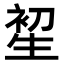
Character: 𤯦